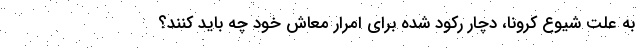
به علت شیوع کرونا، دچار رکود شده برای امرار معاش خود چه باید کنند؟